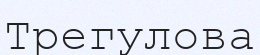
Трегулова